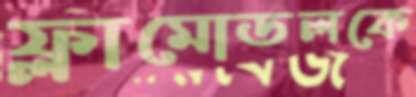
ফ্লামোডলকে